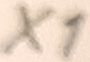
Text: X1